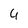
Character: 4